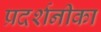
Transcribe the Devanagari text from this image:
प्रदर्शनीका